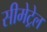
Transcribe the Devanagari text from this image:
सीमेट्रेल